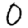
Digit: 0